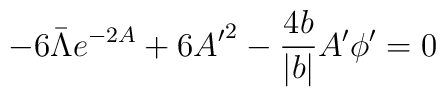
-6\bar{\Lambda}e^{-2A}+  6{A^\prime}^2 -\frac{4b}{|b|}A^\prime\phi^\prime = 0